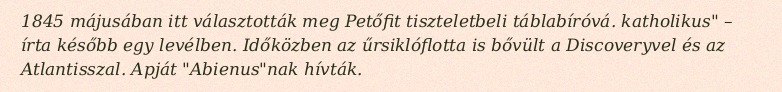
1845 májusában itt választották meg Petőfit tiszteletbeli táblabíróvá. katholikus" – írta később egy levélben. Időközben az űrsiklóflotta is bővült a Discoveryvel és az Atlantisszal. Apját "Abienus"nak hívták.